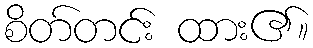
စိတ်တင်း ထား၏။